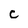
Character: C